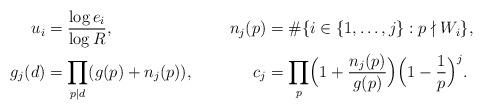
LaTeX: \begin{align*}u_i&=\frac{\log{e_i}}{\log{R}},&n_j(p)&=\#\{i\in\{1,\dots,j\}:p\nmid W_i\},\\g_j(d)&=\prod_{p|d}(g(p)+n_j(p)), &c_j&=\prod_p\Bigl(1+\frac{n_j(p)}{g(p)}\Bigr)\Bigl(1-\frac{1}{p}\Bigr)^j.\end{align*}